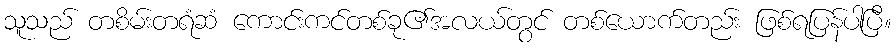
သူသည် တစိမ်းတရံဆံ ကောင်းကင်တစ်ခု၏အလယ်တွင် တစ်ယောက်တည်း ဖြစ်ရပြန်ပါပြီ။